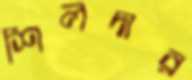
শিলদার